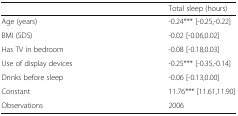
|  | Total sleep (hours) |
 | --- | --- |
 | Age (years) | -0.24*** [-0.25,-0.22] |
 | BMI (SDS) | -0.02 [-0.06,0.02] |
 | Has TV in bedroom | -0.08 [-0.18,0.03] |
 | Use of display devices | -0.25*** [-0.35,-0.14] |
 | Drinks before sleep | -0.06 [-0.13,0.00] |
 | Constant | 11.76*** [11.61,11.90] |
 | Observations | 2006 |